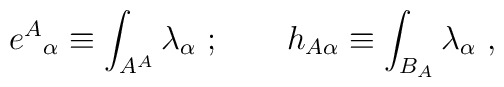
{e^A}_\alpha \equiv  \int_{A^A}\lambda_\alpha \ ;\qquad  h_{A\alpha } \equiv\int_{B_A}\lambda_\alpha\ ,